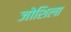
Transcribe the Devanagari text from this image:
जोशिला